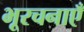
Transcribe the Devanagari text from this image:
भूरचनाएँ